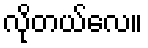
လိုတယ်လေ။